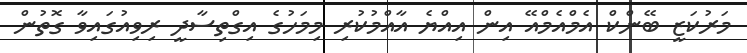
މަރުކަޒީ ބޭންކް އެމްއެމްއޭ އިން އިއްޔެ އާއްމުކުރި މިމަހުގެ އިގްތިސާދީ ރިވިއުގައިވާ ގޮތުން